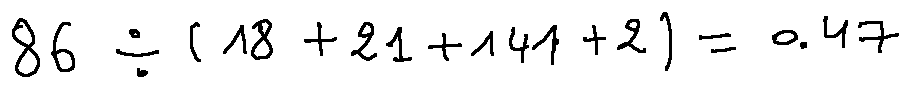
8 6 \div ( 1 8 + 2 1 + 1 4 1 + 2 ) = 0 . 4 7